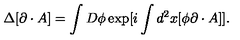
\Delta [ \partial \cdot A ] = \int D \phi \exp [ i \int d ^ { 2 } x [ \phi \partial \cdot A ] ] .